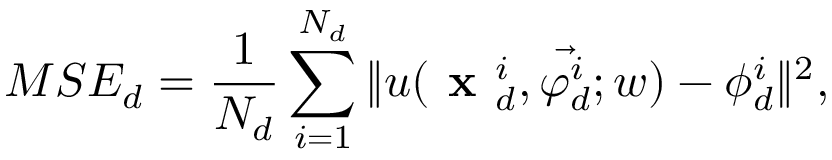
M S E _ { d } = \frac { 1 } { N _ { d } } \sum _ { i = 1 } ^ { N _ { d } } \| u ( \textbf { x } _ { d } ^ { i } , \vec { \varphi _ { d } ^ { i } } ; w ) - \phi _ { d } ^ { i } \| ^ { 2 } ,